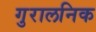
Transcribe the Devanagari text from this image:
गुरालनिक